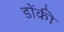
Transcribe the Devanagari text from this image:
डोंकी